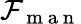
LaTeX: \mathcal{F}_{\mathrm{~m~a~n~}}